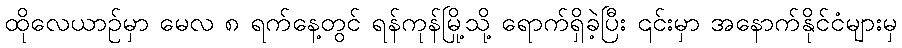
ထိုလေယာဉ်မှာ မေလ ၈ ရက်နေ့တွင် ရန်ကုန်မြို့သို့ ရောက်ရှိခဲ့ပြီး ၎င်းမှာ အနောက်နိုင်ငံများမှ